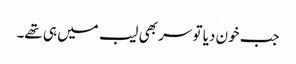
جب خون دیا تو سر بھی لیب میں ہی تھے۔